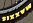
SIXXVW